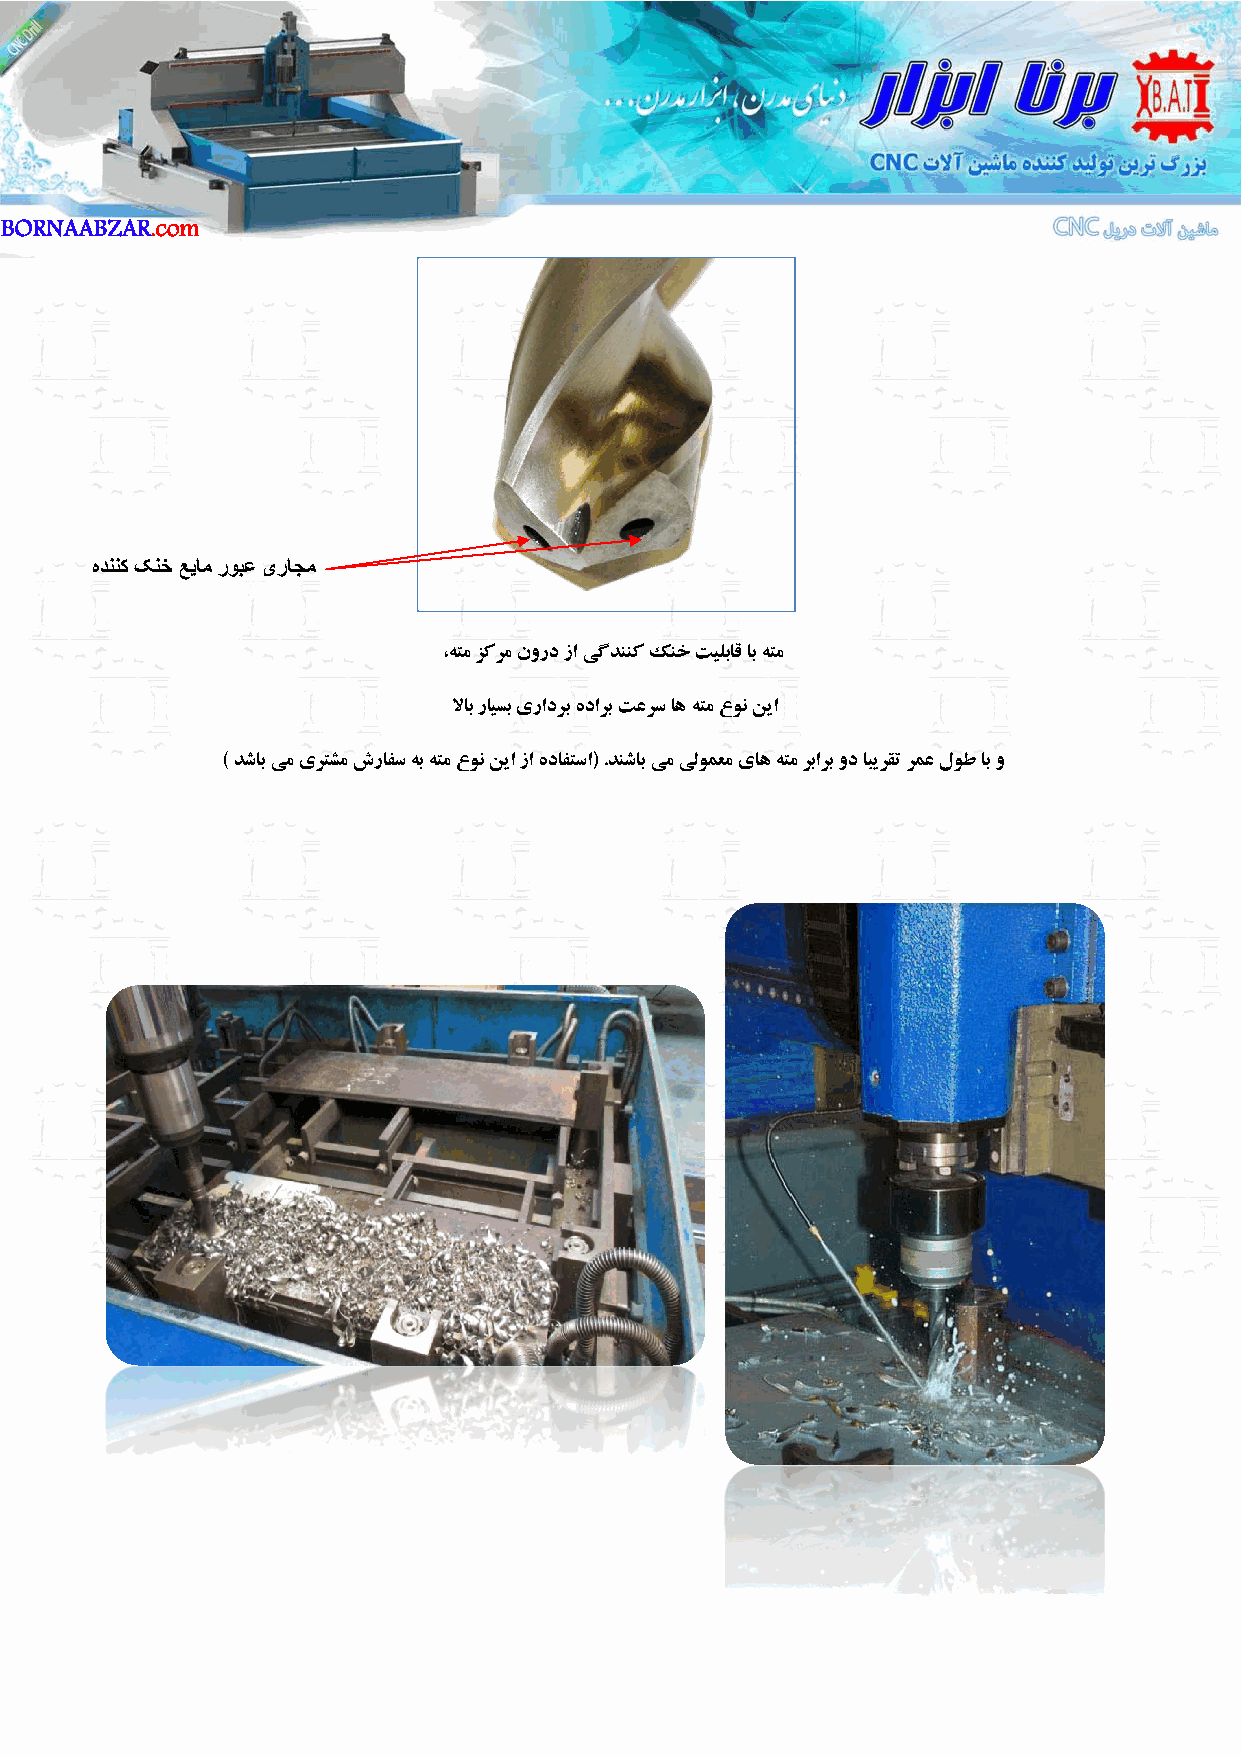
BORNAABZAR.com
 ﻩﺩﻧﻧﮐ ﮏﻧﺧ ﻊﻳﺎﻣ ﺭﻭﺑﻋ یﺭﺎﺟﻣ
 ،ﻪﺘﻣ ﺰﻛﺮﻣ ﻥﻭﺭﺩ ﺯﺍ ﻲﮔﺪﻨﻨﻛ ﻚﻨﺧ ﺖﻴﻠﺑﺎﻗ ﺎﺑ ﻪﺘﻣ
 ﻻﺎﺑ ﺭﺎﻴﺴﺑ ﻱﺭﺍﺩﺮﺑ ﻩﺩﺍﺮﺑ ﺖﻋﺮﺳ ﺎﻫ ﻪﺘﻣ ﻉﻮﻧ ﻦﻳﺍ
 ( ﺪﺷﺎﺑ ﻲﻣ ﻱﺮﺘﺸﻣ ﺵﺭﺎﻔﺳ ﻪﺑ ﻪﺘﻣ ﻉﻮﻧ ﻦﻳﺍ ﺯﺍ ﻩﺩﺎﻔﺘﺳﺍ) .ﺪﻨﺷﺎﺑ ﻲﻣ ﻲﻟﻮﻤﻌﻣ ﻱﺎﻫ ﻪﺘﻣ ﺮﺑﺍﺮﺑ ﻭﺩ ﺎﺒﻳﺮﻘﺗ ﺮﻤﻋ ﻝﻮﻃ ﺎﺑ ﻭ